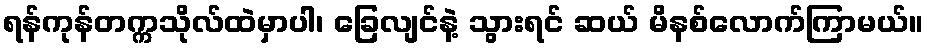
ရန်ကုန်တက္ကသိုလ်ထဲမှာပါ၊ ခြေလျင်နဲ့ သွားရင် ဆယ် မိနစ်လောက်ကြာမယ်။